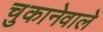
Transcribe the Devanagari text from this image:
चुकानेवाले